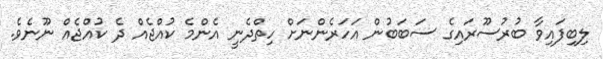
ލިބިފައިވާ ބުރުސޫރައިގެ ސަބަބުން އަހަރެންނަށް ހިތްދެނީ އެންމެ ކުއްޖެއް ދެ ކުއްޖެއް ނޫނެވެ.